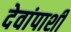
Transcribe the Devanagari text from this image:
देवांपाशी